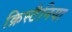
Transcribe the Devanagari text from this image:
क्रिस्टैनिया